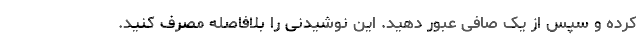
کرده و سپس از یک صافی عبور دهید. این نوشیدنی را بلافاصله مصرف کنید.